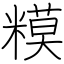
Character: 糢